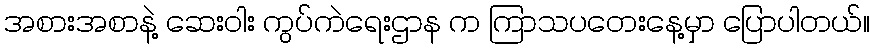
အစားအစာနဲ့ ဆေးဝါး ကွပ်ကဲရေးဌာန က ကြာသပတေးနေ့မှာ ပြောပါတယ်။